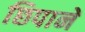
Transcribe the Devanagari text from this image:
छिपानें